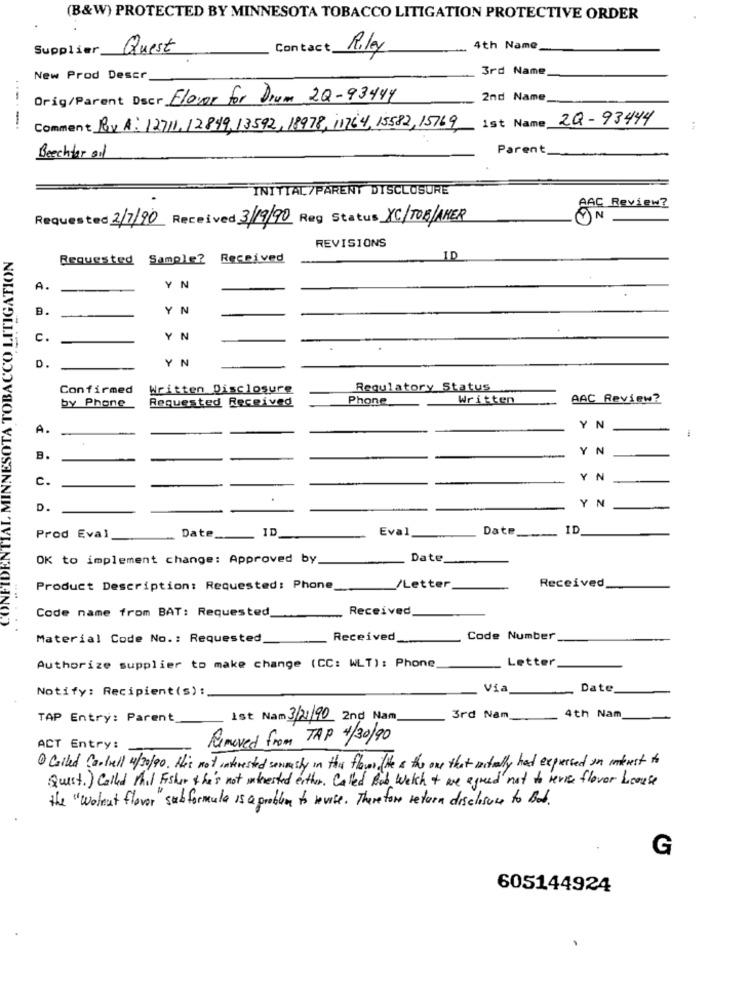
(B&W) PROTECTED BY MINNESOTA TOBACCO LITIGATION PROTECTIVE ORDER
Supplier Quest
Contact_
4th Name
Riley
3rd Name
New Prod Descr.
Orig/Parent Decr Elover for Drum 2Q-93444
2nd Name
ist Name_
2Q - 93444
Comment Rav A: 12711,12849,13592, 18978, 11764, 15582, 15769
Parent
Beechter oil
INITIAL/PARENT DISCLOSURE
AAC Review?
Requested 2/7/20 Received 3/9/90 Reg Status XC/TOB/AMER
ON
REVISIONS
TOBACCO LITIGATION
Requested Sample? Received
ID
A.
YN
B.
Y N
c.
YN
D
YN
Confirmed
Written Disclosure
Regulatory Status
by Phone
Requested Received
Phone
Written
AAC Review?
A
YN
Y N
B.
C.
YN
D.
Y N
-
Date
ID
Eval
Date
ID
Prod Eval
OK to implement change: Approved by
Date
Product Description: Requested: Phone
/Letter
Received
Code name from BAT: Requested
Received
Material Code No .: Requested
Received
Code Number
Letter
Authorize supplier to make change (CC: WLT): Phone
Notify: Recipient(s) :
Via
Date
TAP Entry: Parent
Ist Nam 3/21/90 2nd Nam.
3rd Nam
4th Nam
Removed from TAP 4/30/90
ACT Entry:
· Called fortell 4/30/90. His not interested serumasly in this flown ( He as the one that iactually had expressed in interest to
Quist. ) Called thil Fisher she's not interested either. Called Rob Welch + we agreed not to revise flover kcause
the " Wotnut flavor " subformula is a problem to revise . Therefore return disclosure to Bot .
G
605144924